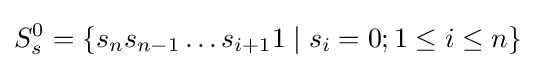
S_{s}^{0}=\{s_{n}s_{n-1}\ldots s_{i+1}1\mid s_{i}=0;1\leq i\leq n\}